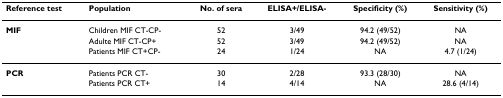
<table><thead><tr><td><b>Reference test</b></td><td><b>Population</b></td><td><b>No. of sera</b></td><td><b>ELISA+/ELISA-</b></td><td><b>Specificity (%)</b></td><td><b>Sensitivity (%)</b></td></tr></thead><tbody><tr><td><b>MIF</b></td><td>Children MIF CT-CP-</td><td>52</td><td>3/49</td><td>94.2 (49/52)</td><td>NA</td></tr><tr><td></td><td>Adulte MIF CT-CP+</td><td>52</td><td>3/49</td><td>94.2 (49/52)</td><td>NA</td></tr><tr><td></td><td>Patients MIF CT+CP-</td><td>24</td><td>1/24</td><td>NA</td><td>4.7 (1/24)</td></tr><tr><td><b>PCR</b></td><td>Patients PCR CT-</td><td>30</td><td>2/28</td><td>93.3 (28/30)</td><td>NA</td></tr><tr><td></td><td>Patients PCR CT+</td><td>14</td><td>4/14</td><td>NA</td><td>28.6 (4/14)</td></tr></tbody></table>